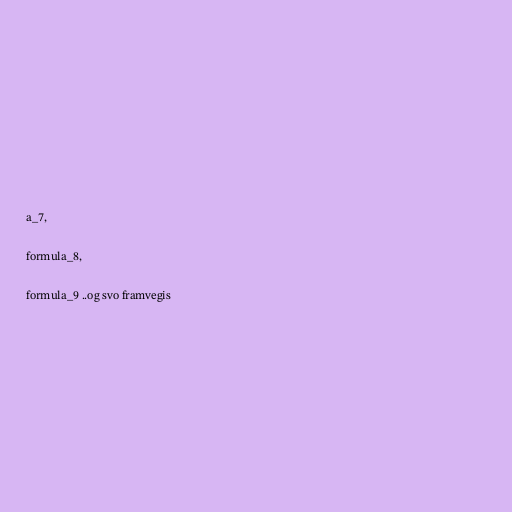
a_7,

formula_8,

formula_9 ..og svo framvegis